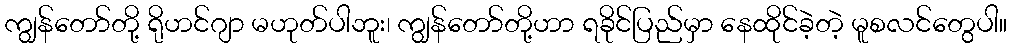
ကျွန်တော်တို့ ရိုဟင်ဂျာ မဟုတ်ပါဘူး၊ ကျွန်တော်တို့ဟာ ရခိုင်ပြည်မှာ နေထိုင်ခဲ့တဲ့ မူစလင်တွေပါ။